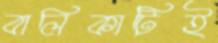
বালিকাটিই